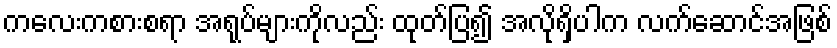
ကလေးကစားစရာ အရုပ်များကိုလည်း ထုတ်ပြ၍ အလိုရှိပါက လက်ဆောင်အဖြစ်